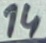
Text: 14